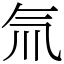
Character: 氚